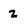
Character: 2